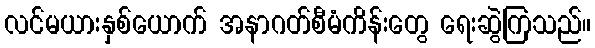
လင်မယားနှစ်ယောက် အနာဂတ်စီမံကိန်းတွေ ရေးဆွဲကြသည်။